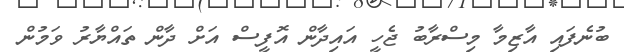
ބުނެފައި އާޒިމާ މިސްރާބު ޖެހީ އައިދާން އޮފީސް އަށް ދާން ތައްޔާރު ވަމުން